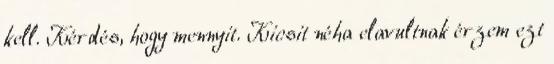
kell. Kérdés, hogy mennyit. Kicsit néha elavultnak érzem ezt